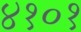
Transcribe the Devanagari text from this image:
४१०१